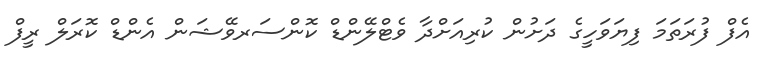
އެފް ފުރަތަމަ ފިޔަވަހީގެ ދަށުން ކުރިއަށްދާ ވެޓްލޭންޑް ކޮންސަރވޭޝަން އެންޑް ކޮރަލް ރީފް